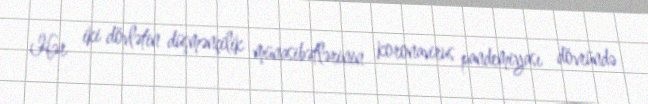
Hər iki dövlətin düşmənçilik münasibətlərinin koronavirus pandemiyası dövründə